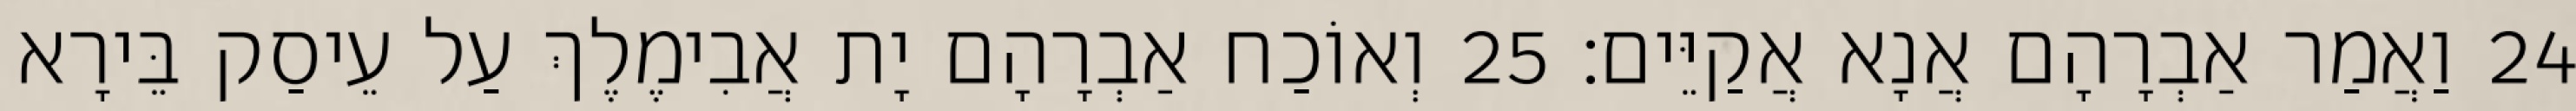
24 וַאֲמַר אַבְרָהָם אֲנָא אֲקַיֵּים׃ 25 וְאוֹכַח אַבְרָהָם יָת אֲבִימֶלֶךְ עַל עֵיסַק בֵּירָא